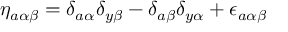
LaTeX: \eta _ { a \alpha \beta } = \delta _ { a \alpha } \delta _ { y \beta } - \delta _ { a \beta } \delta _ { y \alpha } + \epsilon _ { a \alpha \beta }